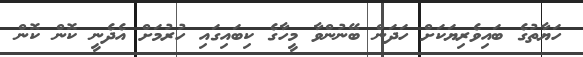
ހަޔާތުގެ ބައިވެރިޔަކަށް ހަދަން ބޭނުންވާ މީހާގެ ކިބައިގައި ހުރުމަށް އެދެނީ ކޮން ކޮން